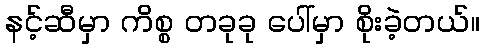
နင့်ဆီမှာ ကိစ္စ တခုခု ပေါ်မှာ စိုးခဲ့တယ်။